Civil Veterinary Department Bengal reports 1923-33 - 1923-1933
Year: 1923
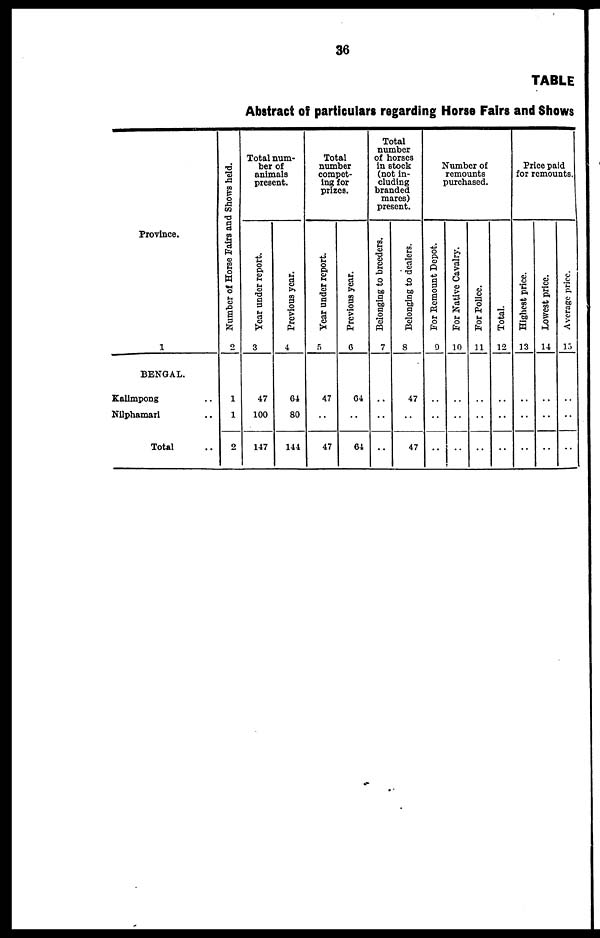
36
TABLE
Abstract of particulars regarding Horse Fairs and Shows
Province.
1
BENGAL.
Kalimpong ...
Nilphamari ..
Total ..
Number of Horse Fairs and Shows held.
2
1
1
2
Total num-
ber of
animals
present.
Year under report.
3
47
100
147
Previous year.
4
64
80
144
Total
number
compet-
ing for
prizes.
Year under report.
5
47
..
47
Previous year.
6
04
..
64
Total
number
of horses
in stock
(not in-
cluding
branded
mares)
present.
Belonging to breeders.
7
..
..
..
Belonging to dealers.
8
47
..
47
Number of
remounts
purchased.
For Remount Depot.
9
..
..
..
For Native Cavalry.
10
..
..
..
For Police.
11
..
..
..
Total.
12
..
..
..
Price paid
for remounts.
Highest price.
13
..
..
..
Lowest price.
14
..
..
..
Average price.
15
..
..
..